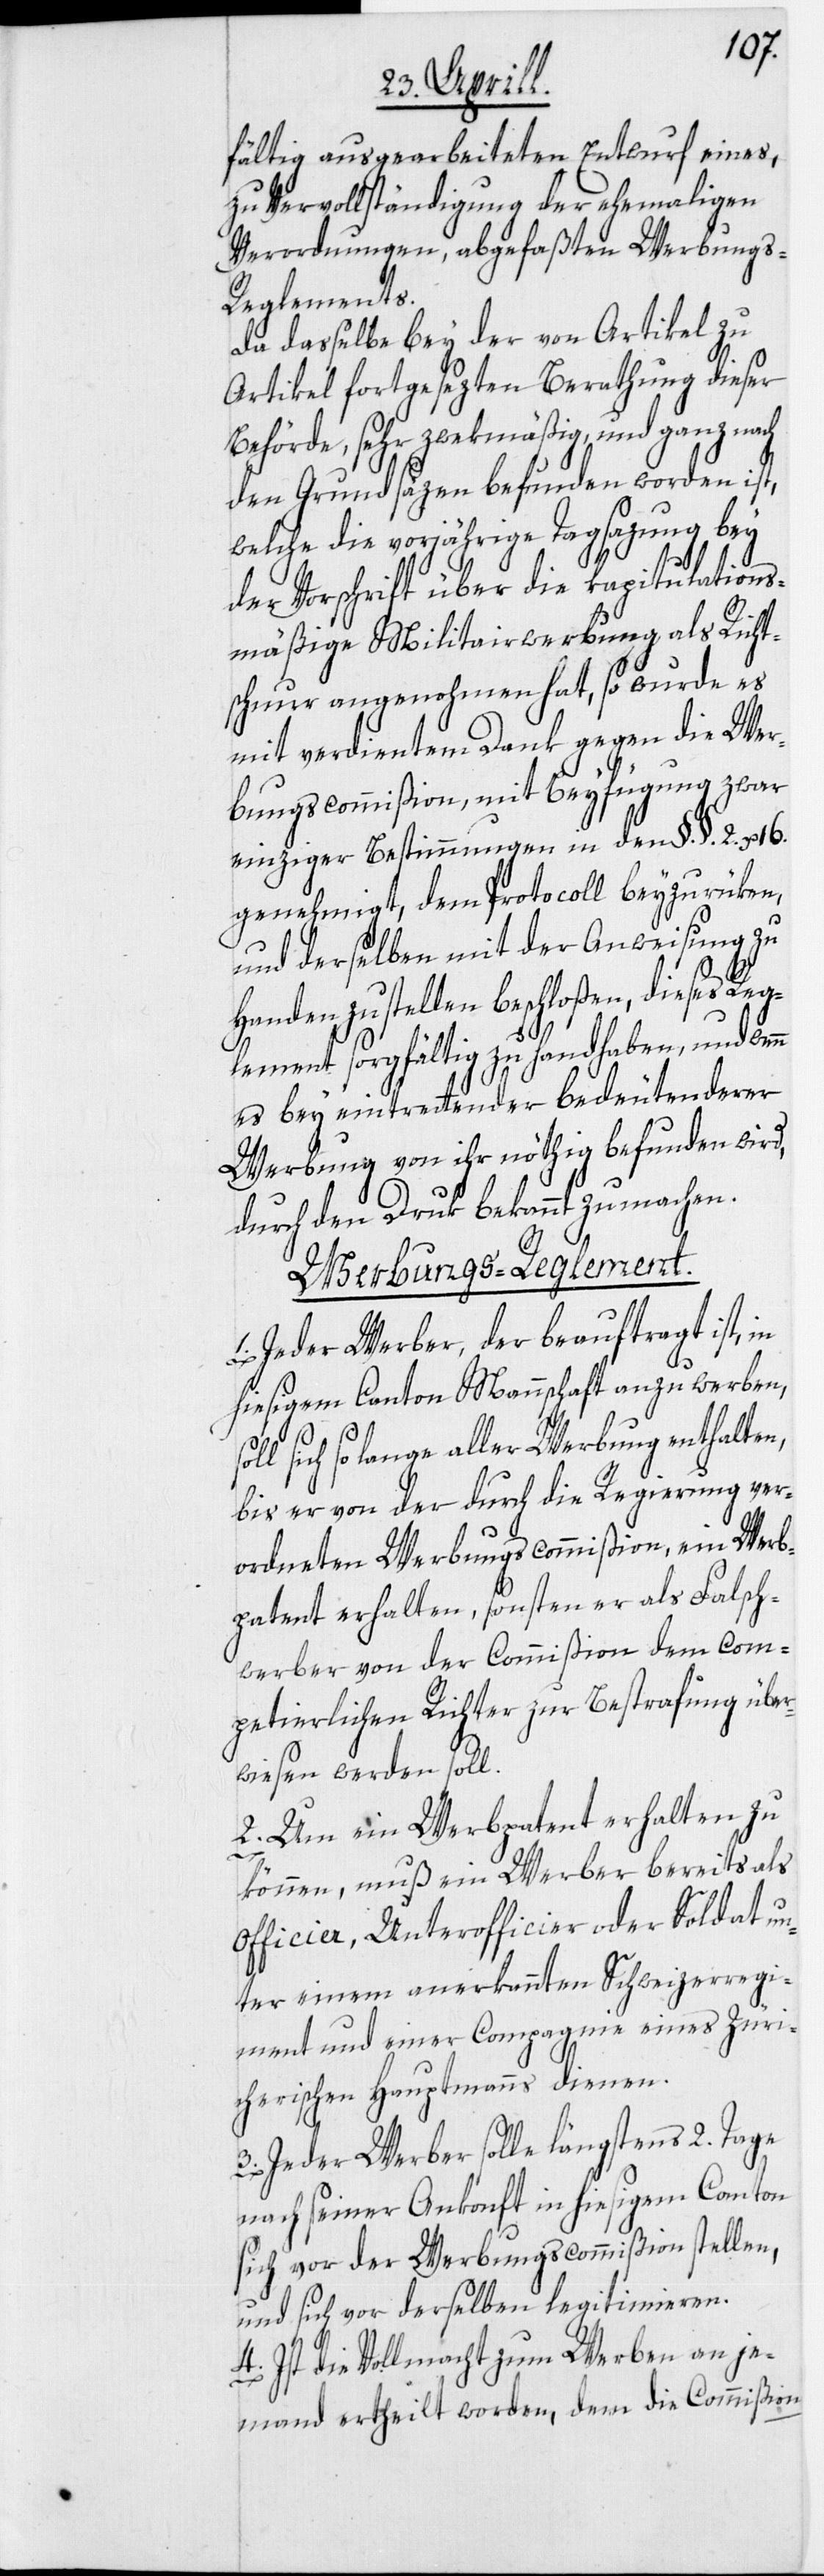
fältig ausgearbeiteten Entwurf eines,
zu Vervollständigung der ehemaligen
Verordnungen, abgefaßten Werbungs-R¬
eglements.
Da dasselbe bey der von Artikel zu
Artikel fortgesezten Berathung dieser
Behörde, sehr zwekmäßig, und ganz nach
den Grundsäzen befunden worden ist,
welche die vorjährige Tagsazung bey
der Vorschrift über die kapitulations¬
mäßige Militairwerbung als Richt¬
schnur angenohmen hat, so wurde es
mit verdientem Dank gegen die Wer¬
bungscommißion, mit Beyfügung zwar
einziger Bestimmungen in den §.§. 2. u.
genehmigt, dem Protocoll beyzurüken,
und derselben mit der Anweisung zu
Handen zu stellen beschloßen, dieses Reg¬
lement sorgfältig zu handhaben, und wenn
es bey eintrettender bedeutenderer
Werbung von ihr nöthig befunden wird,
durch den Druk bekannt zu machen.
Werbungs-Reglement.
1. Jeder Werber, der beauftragt ist, in
hiesigem Canton Mannschaft anzuwerben,
sich so lange aller Werbung enthalten,
bis er von der durch die Regierung ver¬
ordneten Werbungscommißion, ein Werb¬
patent erhalten, sonsten er als Falsch¬
werber von der Commißion dem com¬
petierlichen Richter zur Bestrafung über¬
wiesen werden soll.
2. Um ein Werbpatent erhalten zu
können, muß ein Werber bereits als
Officier, Unterofficier oder Soldat un¬
ter einem anerkannten Schweizerregi¬
ment und einer Compagnie eines Züri¬
cherischen Hauptmanns dienen.
3. Jeder Werber solle längstens 2. Tage
nach seiner Ankonft in hiesigem Canton
sich vor der Werbungscommißion stellen,
und sich vor derselben legitimieren.
4. Ist die Vollmacht zum Werben an je¬
mand ertheilt worden, dem die Commißion